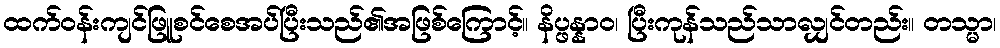
ထက်ဝန်းကျင်ဖြူစင်စေအပ်ပြီးသည်၏အဖြစ်ကြောင့်။ နိပ္ဖန္နာဝ၊ ပြီးကုန်သည်သာလျှင်တည်း။ တသ္မာ၊